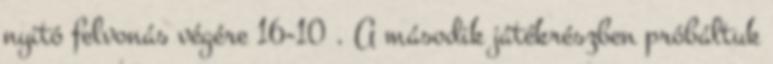
nyitó felvonás végére 16-10 . A második játékrészben próbáltuk